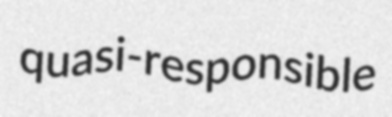
quasi-responsible